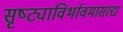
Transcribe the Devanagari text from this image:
सृष्ट्याविर्भावमासाद्य